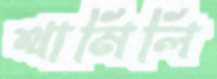
থামিলি